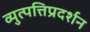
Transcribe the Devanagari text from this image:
व्युत्पत्तिप्रदर्शन